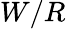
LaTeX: W/R